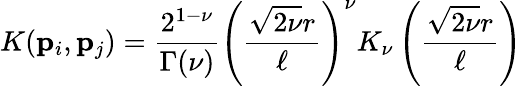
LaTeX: K(\mathbf{p}_{i},\mathbf{p}_{j})=\frac{2^{1-\nu}}{\Gamma(\nu)}\left(\frac{\sqrt{2\nu}r}{\ell}\right)^{\nu}K_{\nu}\left(\frac{\sqrt{2\nu}r}{\ell}\right)